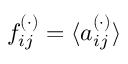
f _ { i j } ^ { ( \cdot ) } = \langle a _ { i j } ^ { ( \cdot ) } \rangle